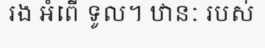
រង អំពើ ទូល។ ឋានៈ របស់